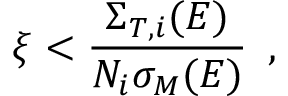
\xi < \frac { \Sigma _ { T , i } ( E ) } { N _ { i } \sigma _ { M } ( E ) } \, \mathrm { ~ , ~ }